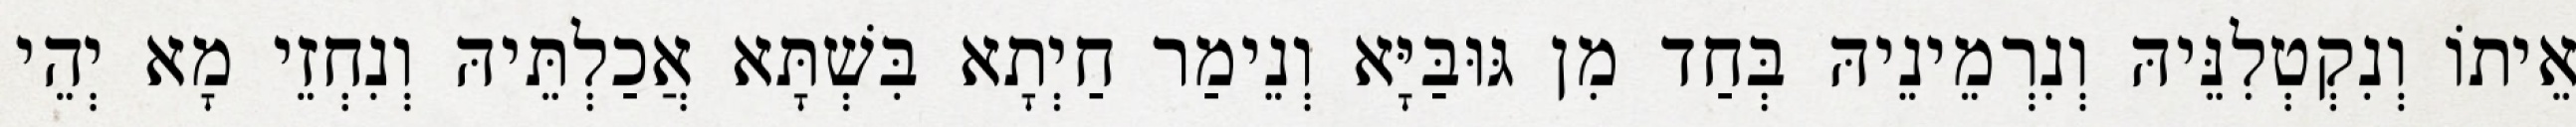
אֵיתוֹ וְנִקְטְלִנֵּיהּ וְנִרְמֵינֵיהּ בְּחַד מִן גּוּבַּיָּא וְנֵימַר חַיְתָא בִּשְׁתָּא אֲכַלְתֵּיהּ וְנִחְזֵי מָא יְהֵי